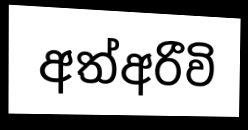
අත්අරීවි